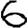
Digit: 6